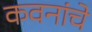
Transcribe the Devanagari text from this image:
कवनांचे